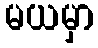
မယမှာ